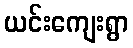
ယင်းကျေးရွာ